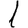
Digit: 1